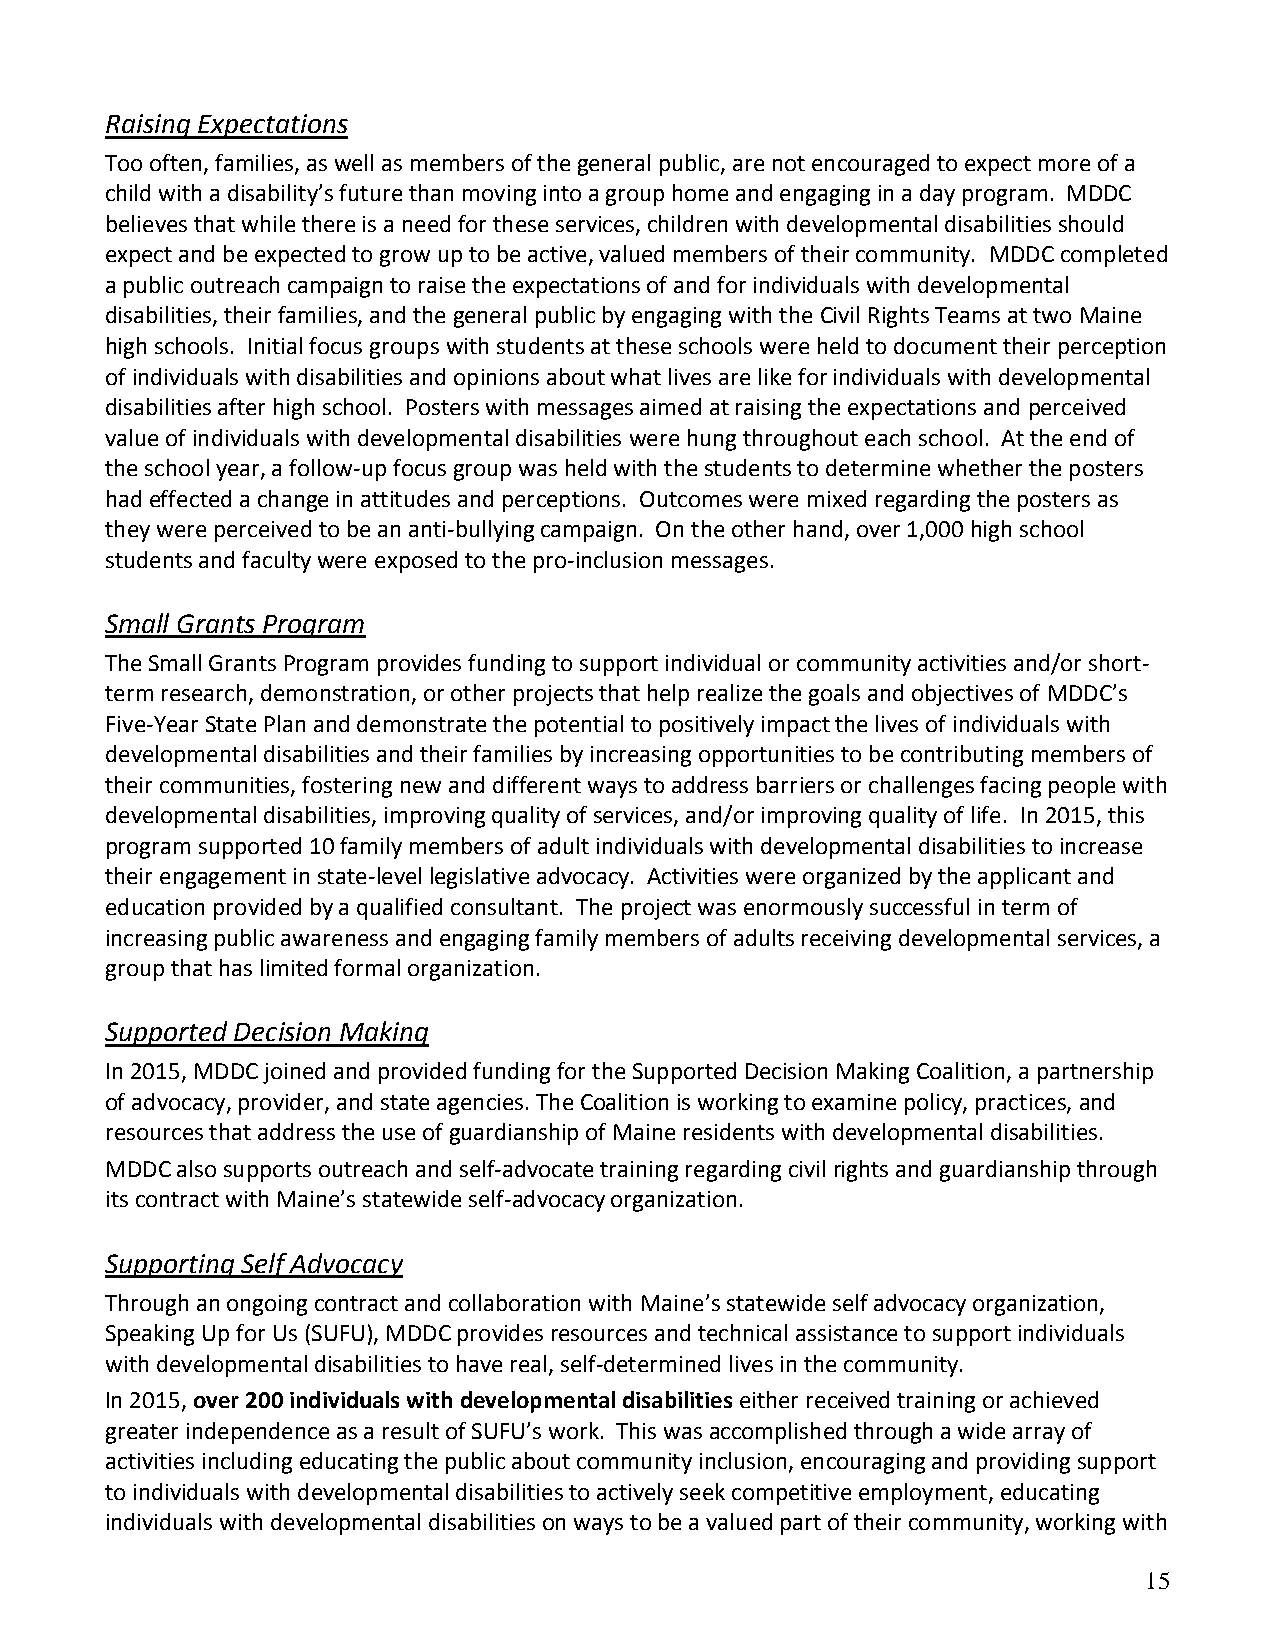
Raising Expectations
 Too often, families, as well as members of the general public, are not encouraged to expect more of a
 child with a disability’s future than moving into a group home and engaging in a day program. MDDC
 believes that while there is a need for these services, children with developmental disabilities should
 expect and be expected to grow up to be active, valued members of their community. MDDC completed
 a public outreach campaign to raise the expectations of and for individuals with developmental
 disabilities, their families, and the general public by engaging with the Civil Rights Teams at two Maine
 high schools. Initial focus groups with students at these schools were held to document their perception
 of individuals with disabilities and opinions about what lives are like for individuals with developmental
 disabilities after high school. Posters with messages aimed at raising the expectations and perceived
 value of individuals with developmental disabilities were hung throughout each school. At the end of
 the school year, a follow-up focus group was held with the students to determine whether the posters
 had effected a change in attitudes and perceptions. Outcomes were mixed regarding the posters as
 they were perceived to be an anti-bullying campaign. On the other hand, over 1,000 high school
 students and faculty were exposed to the pro-inclusion messages.
 Small Grants Program
 The Small Grants Program provides funding to support individual or community activities and/or short-
 term research, demonstration, or other projects that help realize the goals and objectives of MDDC’s
 Five-Year State Plan and demonstrate the potential to positively impact the lives of individuals with
 developmental disabilities and their families by increasing opportunities to be contributing members of
 their communities, fostering new and different ways to address barriers or challenges facing people with
 developmental disabilities, improving quality of services, and/or improving quality of life. In 2015, this
 program supported 10 family members of adult individuals with developmental disabilities to increase
 their engagement in state-level legislative advocacy. Activities were organized by the applicant and
 education provided by a qualified consultant. The project was enormously successful in term of
 increasing public awareness and engaging family members of adults receiving developmental services, a
 group that has limited formal organization.
 Supported Decision Making
 In 2015, MDDC joined and provided funding for the Supported Decision Making Coalition, a partnership
 of advocacy, provider, and state agencies. The Coalition is working to examine policy, practices, and
 resources that address the use of guardianship of Maine residents with developmental disabilities.
 MDDC also supports outreach and self-advocate training regarding civil rights and guardianship through
 its contract with Maine’s statewide self-advocacy organization.
 Supporting Self Advocacy
 Through an ongoing contract and collaboration with Maine’s statewide self advocacy organization,
 Speaking Up for Us (SUFU), MDDC provides resources and technical assistance to support individuals
 with developmental disabilities to have real, self-determined lives in the community.
 In 2015, over 200 individuals with developmental disabilities either received training or achieved
 greater independence as a result of SUFU’s work. This was accomplished through a wide array of
 activities including educating the public about community inclusion, encouraging and providing support
 to individuals with developmental disabilities to actively seek competitive employment, educating
 individuals with developmental disabilities on ways to be a valued part of their community, working with
 15